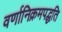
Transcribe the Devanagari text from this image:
वर्णानिक्रमपद्धति